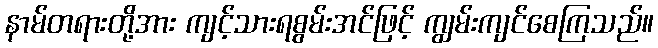
နာမ်တရားတို့အား ကျင့်သားရစွမ်းအင်ဖြင့် ကျွမ်းကျင်စေကြသည်။